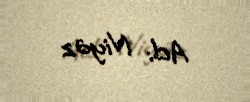
Ad: Niyaz